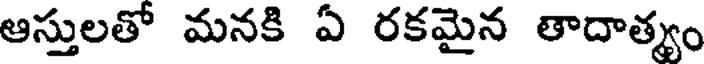
ఆస్తులతో మనకి ఏ రకమైన తాదాత్యం